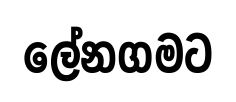
ලේනගමට